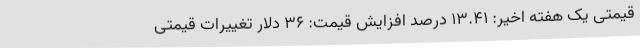
قیمتی یک هفته اخیر: ۱۳.۴۱ درصد افزایش قیمت: ۳۶ دلار تغییرات قیمتی